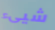
شيىء